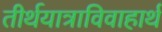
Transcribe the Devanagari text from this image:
तीर्थयात्राविवाहार्थ